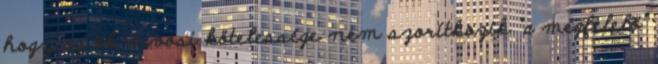
hogy az õk orvosi kötelessége nem szorítkozik “a megfelelõ”